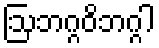
ဩဘဂ္ဂဝိဘဂ္ဂါ